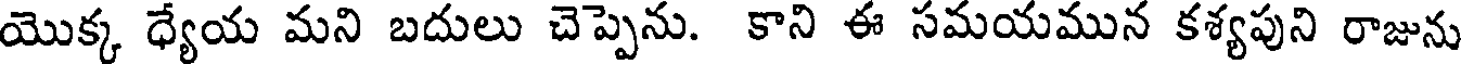
యొక్క ధ్యేయ మని బదులు చెప్పెను. కాని ఈ సమయమున కశ్యపుని రాజును